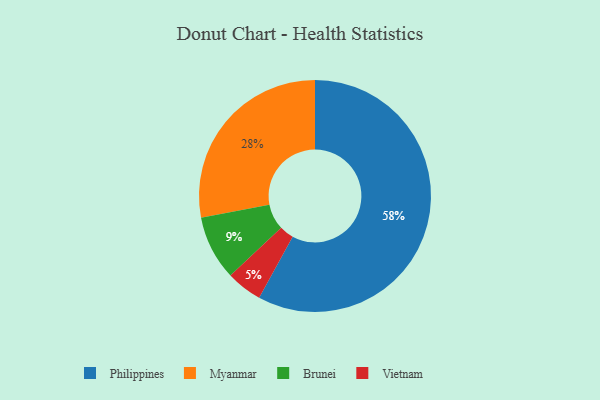
{"axis": {"x": "Category", "y": "Percentage"}, "legend": ["Brunei", "Myanmar", "Philippines", "Vietnam"], "data": [{"x": "Myanmar", "y": 28, "type": "Myanmar"}, {"x": "Philippines", "y": 58, "type": "Philippines"}, {"x": "Brunei", "y": 9, "type": "Brunei"}, {"x": "Vietnam", "y": 5, "type": "Vietnam"}]}